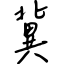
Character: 冀